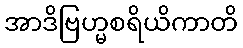
အာဒိဗြဟ္မစရိယိကာတိ